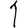
Digit: 1